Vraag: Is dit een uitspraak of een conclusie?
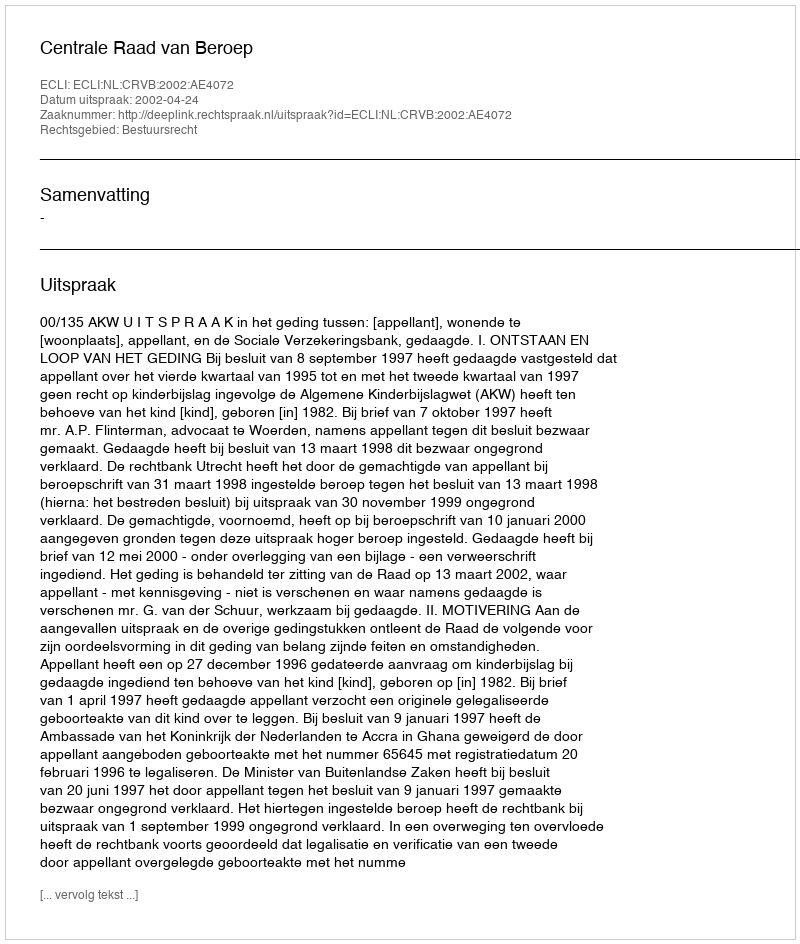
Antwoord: Uitspraak